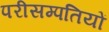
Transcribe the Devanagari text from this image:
परीसम्पतियों